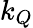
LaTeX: k_{Q}